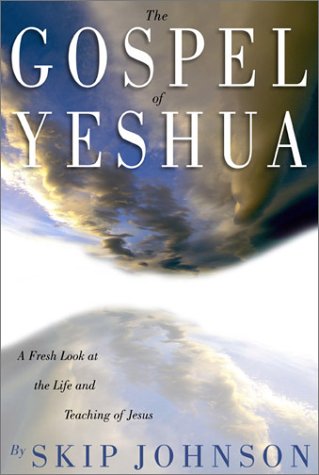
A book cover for The Gospel of Yeshua : A Fresh Look at the Life and Teaching of Jesus; Skip Johnson; Christian Books & Bibles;